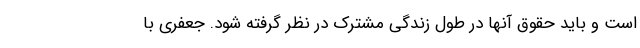
است و باید حقوق آنها در طول زندگی مشترک در نظر گرفته شود. جعفری با